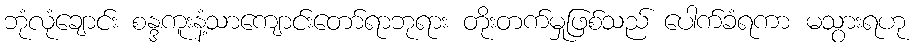
ဘုံလုံချောင်း စန္ဒကူးနံ့သာကျောင်းတော်ရာဘုရား တိုးတက်မှုဖြစ်သည် ပေါက်ခံရကာ မသွားရဟု